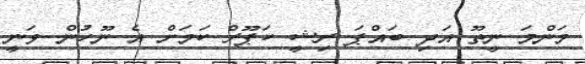
މަންމަ ނީތޫ އަދި ބައްޕަ ރިޝީ ކަޕޫރް ކަމަށް އެ ނޫހުން ވަނީ